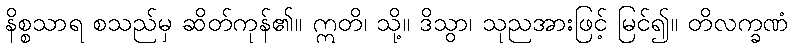
နိစ္စသာရ စသည်မှ ဆိတ်ကုန်၏။ ဣတိ၊ သို့။ ဒိသွာ၊ သုညအားဖြင့် မြင်၍။ တိလက္ခဏံ